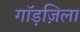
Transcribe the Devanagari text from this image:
गॉड़ज़िला